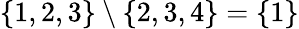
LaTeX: \{ 1,2,3\} \setminus\{ 2,3,4\} =\{ 1\}